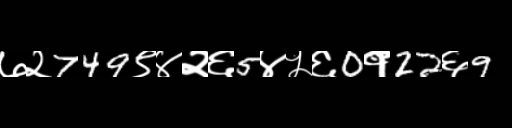
Text: ७२749९४२६5४५६0१22६9